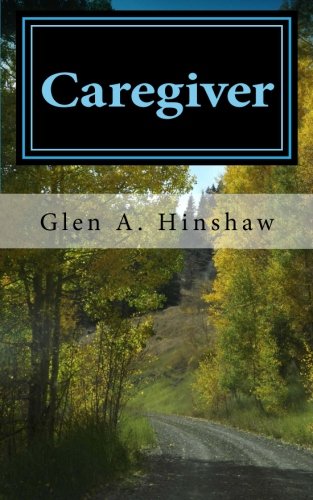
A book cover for Caregiver: My Tempestuous Journey; Glen A Hinshaw; Parenting & Relationships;